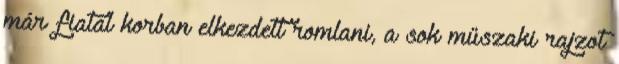
már fiatal korban elkezdett romlani, a sok műszaki rajzot